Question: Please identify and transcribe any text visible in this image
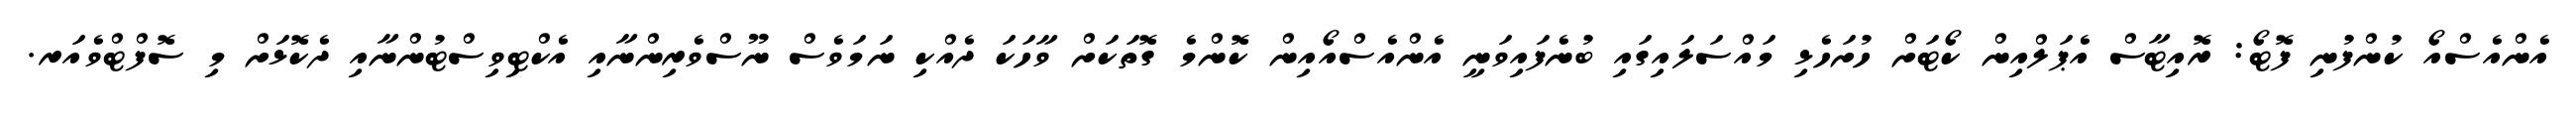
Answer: އެންއެސްއޯ ކުންފުނި ފޮޓޯ: ރޮއިޓާސް އެޕަލްއިން ކޯޓަށް ހުށަހެޅި މައްސަލައިގައި ބުނެފައިވަނީ އެންއެސްއޯއިން ކޮންމެ ގޮތަކަށް ވާހަކަ ދެއްކި ނަމަވެސް ނޫސްވެރިންނާއި އެކްޓިވިސްޓުންނާއި ދެކޮޅަށް މި ސޮފްޓްވެއަރ.